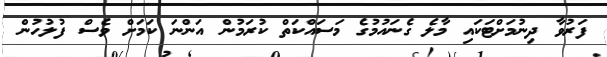
ފަރުވާ ދިނުމަށްޓަކައި މާލެ ގެނައުމުގެ މަސައްކަތް ކުރަމުން އަންނަ ކަމަށް ވެސް ފުލުހުން